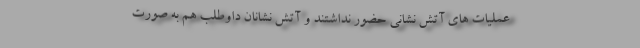
عملیات های آتش نشانی حضور نداشتند و آتش نشانان داوطلب هم به صورت